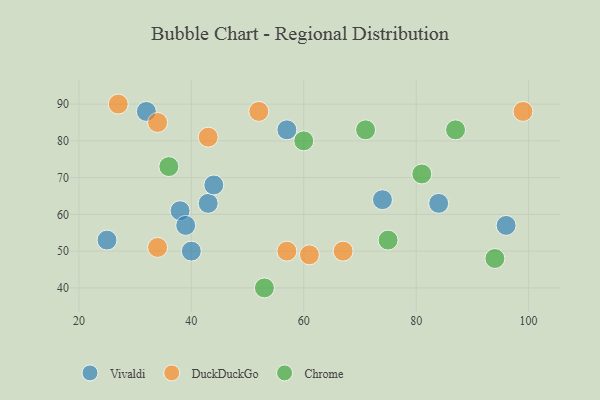
{"axis": {"x": "GDP", "y": "Life Expectancy"}, "legend": ["Chrome", "DuckDuckGo", "Vivaldi"], "data": [{"x": "43", "y": 63, "type": "Vivaldi"}, {"x": "57", "y": 83, "type": "Vivaldi"}, {"x": "25", "y": 53, "type": "Vivaldi"}, {"x": "32", "y": 88, "type": "Vivaldi"}, {"x": "38", "y": 61, "type": "Vivaldi"}, {"x": "84", "y": 63, "type": "Vivaldi"}, {"x": "40", "y": 50, "type": "Vivaldi"}, {"x": "39", "y": 57, "type": "Vivaldi"}, {"x": "96", "y": 57, "type": "Vivaldi"}, {"x": "44", "y": 68, "type": "Vivaldi"}, {"x": "74", "y": 64, "type": "Vivaldi"}, {"x": "99", "y": 88, "type": "DuckDuckGo"}, {"x": "67", "y": 50, "type": "DuckDuckGo"}, {"x": "43", "y": 81, "type": "DuckDuckGo"}, {"x": "34", "y": 85, "type": "DuckDuckGo"}, {"x": "27", "y": 90, "type": "DuckDuckGo"}, {"x": "52", "y": 88, "type": "DuckDuckGo"}, {"x": "61", "y": 49, "type": "DuckDuckGo"}, {"x": "57", "y": 50, "type": "DuckDuckGo"}, {"x": "34", "y": 51, "type": "DuckDuckGo"}, {"x": "53", "y": 40, "type": "Chrome"}, {"x": "87", "y": 83, "type": "Chrome"}, {"x": "60", "y": 80, "type": "Chrome"}, {"x": "81", "y": 71, "type": "Chrome"}, {"x": "71", "y": 83, "type": "Chrome"}, {"x": "36", "y": 73, "type": "Chrome"}, {"x": "75", "y": 53, "type": "Chrome"}, {"x": "94", "y": 48, "type": "Chrome"}]}